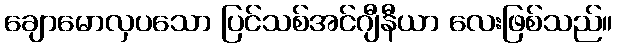
ချောမောလှပသော ပြင်သစ်အင်ဂျီနီယာ လေးဖြစ်သည်။